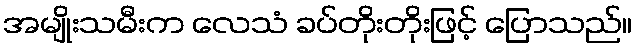
အမျိုးသမီးက လေသံ ခပ်တိုးတိုးဖြင့် ပြောသည်။